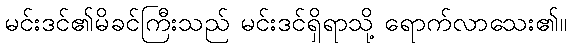
မင်းဒင်၏မိခင်ကြီးသည် မင်းဒင်ရှိရာသို့ ရောက်လာသေး၏။